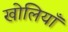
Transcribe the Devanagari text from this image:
खोलियाँ